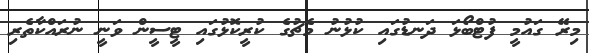
މިރޭ ގައުމީ ފުޓްބޯޅަ ދަނޑުގައި ކުޅުނު މެޗުގެ ކުރީކޮޅުގައި ޓީސީން ވަނީ ނުރައްކާތެރި